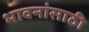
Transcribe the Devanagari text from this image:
भावनांसाठी